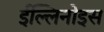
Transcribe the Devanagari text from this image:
ईल्लिनोइस